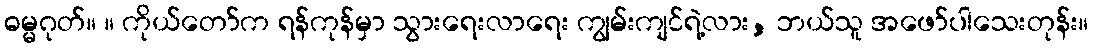
ဓမ္မဂုတ်။ ။ ကိုယ်တော်က ရန်ကုန်မှာ သွားရေးလာရေး ကျွမ်းကျင်ရဲ့လား, ဘယ်သူ အဖော်ပါသေးတုန်း။